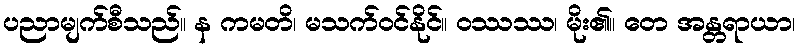
ပညာမျက်စီသည်။ န ကမတိ၊ မသက်ဝင်နိုင်။ ဝဿဿ၊ မိုး၏။ တေ အန္တရာယာ၊